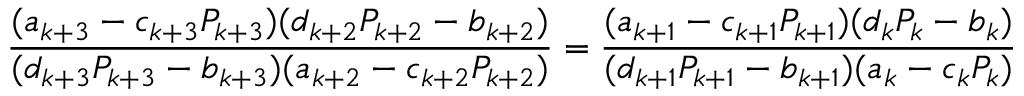
\frac { ( a _ { k + 3 } - c _ { k + 3 } P _ { k + 3 } ) ( { d _ { k + 2 } P _ { k + 2 } - b _ { k + 2 } } ) } { ( d _ { k + 3 } P _ { k + 3 } - b _ { k + 3 } ) ( { a _ { k + 2 } - c _ { k + 2 } P _ { k + 2 } } ) } = \frac { ( a _ { k + 1 } - c _ { k + 1 } P _ { k + 1 } ) ( { d _ { k } P _ { k } - b _ { k } } ) } { ( d _ { k + 1 } P _ { k + 1 } - b _ { k + 1 } ) ( { a _ { k } - c _ { k } P _ { k } } ) }